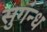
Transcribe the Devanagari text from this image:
सुगंन्ध